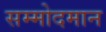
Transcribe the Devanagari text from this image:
सम्मोदमान